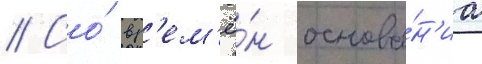
// Со́ вр'ем'ё́н основа́н'иа